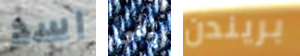
اسد إلهي بريندن